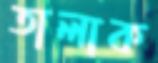
তালাক